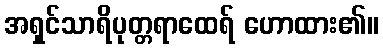
အရှင်သာရိပုတ္တရာထေရ် ဟောထား၏။